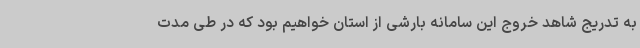
به تدریج شاهد خروج این سامانه بارشی از استان خواهیم بود که در طی مدت